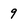
Character: 9